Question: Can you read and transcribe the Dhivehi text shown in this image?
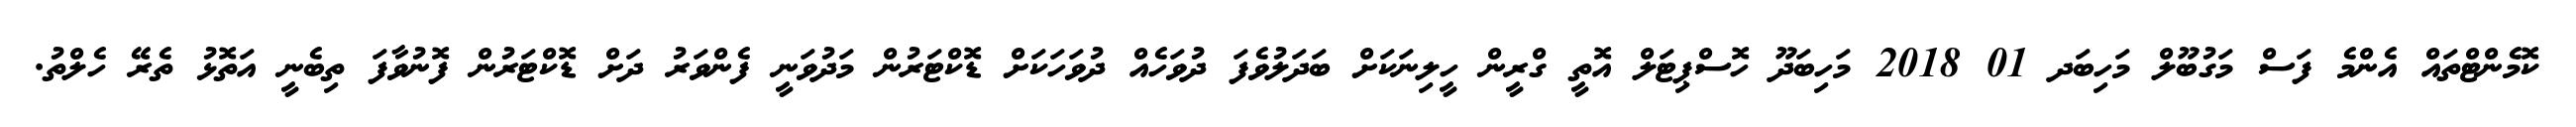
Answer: ކޮމެންޓްތައް އެންމެ ފަސް މަގުބޫލް މަހިބަދ 01 2018 މަހިބަދޫ ހޮސްޕިޓަލް އޮތީ ގްރީން ހީލިނަކަށް ބަދަލުވެފަ ދުވަހެއް ދުވަހަކަށް ޑޮކްޓަރުން މަދުވަނީ ފެންވަރު ދަށް ޑޮކްޓަރުން ފޮނުވާފަ ތިބެނީ އަތޮޅު ތެރޭ ހެލްތު.